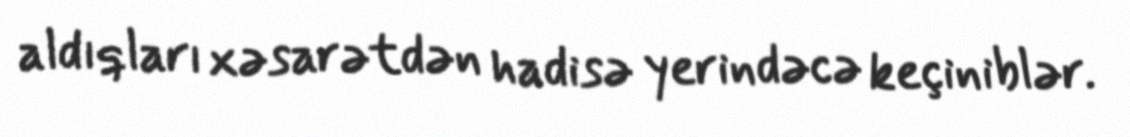
aldıqları xəsarətdən hadisə yerindəcə keçiniblər.